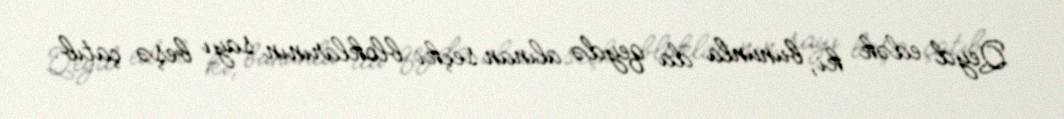
Qeyd edək ki, bununla da qeydə alınan seçki bloklarının sayı beşə çatıb.